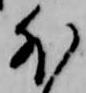
外